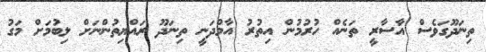
ތިނަދޫގަވެސް އާސާރީ ތަނެއް ހުރުމުން އިތުރު އާމްދަނީ ތިނަދޫ ރައްޔިތުންނަށް ލިބުމަށް މަގު